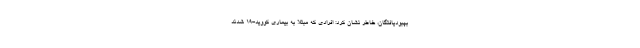
بهبودیافتگان، خاطر نشان کرد: افرادی که مبتلا به بیماری کووید-۱۹ شدند